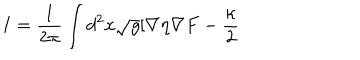
I = \frac { 1 } { 2 \pi } \int d ^ { 2 } x \sqrt { g } [ \nabla \eta \nabla F - \frac { \kappa } { 2 }